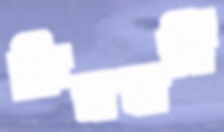
কিমবার্লি